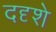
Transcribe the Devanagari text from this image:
ददृशे